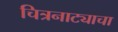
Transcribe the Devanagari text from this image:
चित्रनाट्याचा